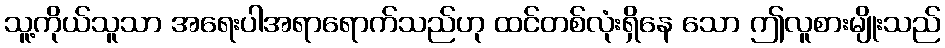
သူ့ကိုယ်သူသာ အရေးပါအရာရောက်သည်ဟု ထင်တစ်လုံးရှိနေ သော ဤလူစားမျိုးသည်